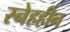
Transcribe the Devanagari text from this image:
स्नेहहीन